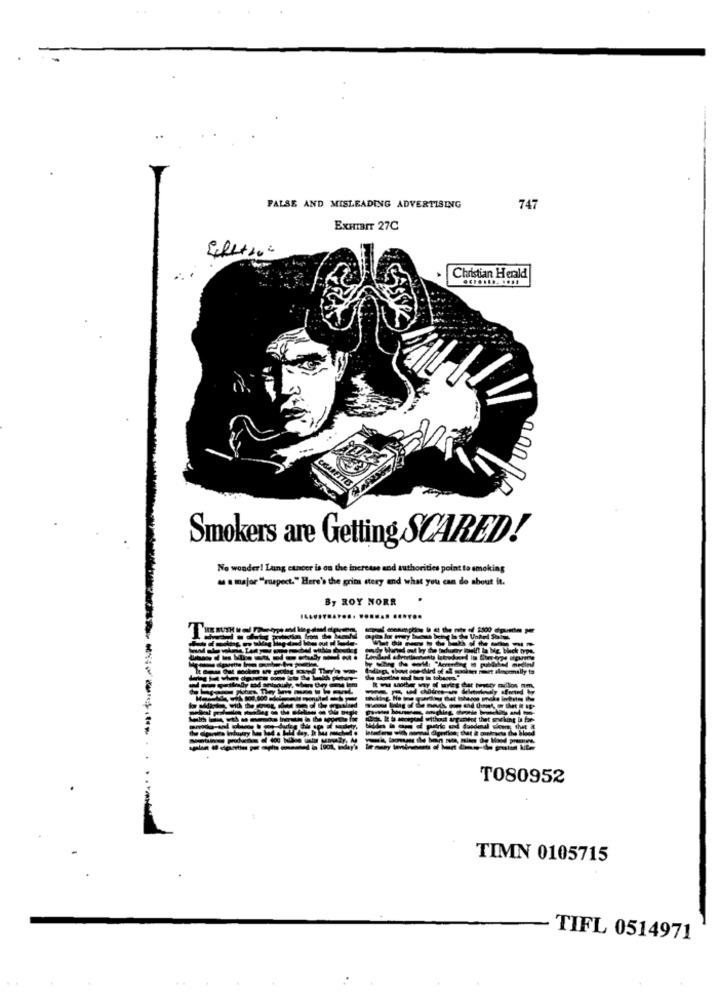
FALSE AND MISLEADING ADVERTISING
747
EXHIBIT 27C
Christian Herald
RETTES
Smokers are Getting SCARED!
No wonder ! Lung cancer is on the increase and authorities point to smoking
as a major ""suspect." Here's the grim stery and what you can do about it.
By ROY NORR
T080952
TIMN 0105715
TIFL 0514971